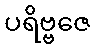
ပရိဗ္ဗဇေ